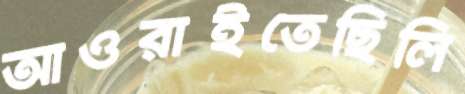
আওরাইতেছিলি